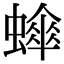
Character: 𬠮